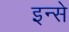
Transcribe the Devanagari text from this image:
इन्से